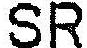
SR